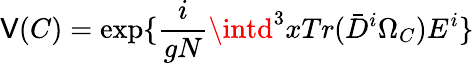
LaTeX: \mathsf{V}(C)=\exp\{ {\frac{{i}}{{gN}}}\intd^{3}xTr(\bar{{D}}^{i}\Omega_{C})E^{i}\}